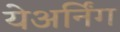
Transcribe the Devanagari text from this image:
येअर्निंग